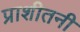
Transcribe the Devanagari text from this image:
प्राशीतनी